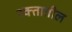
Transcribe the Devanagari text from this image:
रक्‍तातील